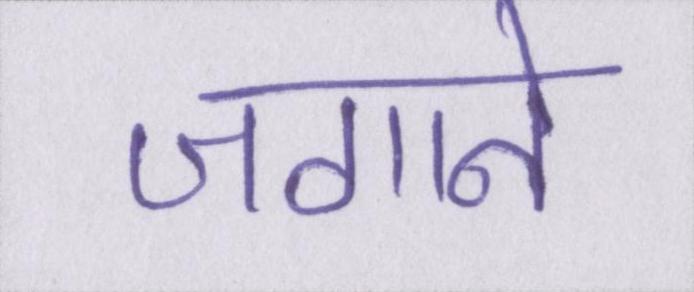
जगाने